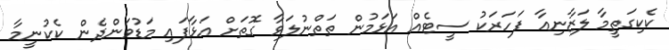
ކެކިގަތީމާ ލަޒާނިއާ ފަހަރަކު ސީޓެއް އަޅަމުން ތަތްނުލަވާ ގޮތަށް އަޅާފައި މަޑުވަންދެން ކެކުނީމާ